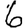
Digit: 6